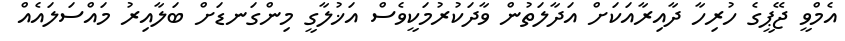
އެމްވީ ޖޭޕީގެ ހުރިހާ ދާއިރާއަކަށް އަދާލަތުން ވާދަކުރުމަކީވެސް އަޚުލާގީ މިންގަނޑަށް ބަލާއިރު މައްސަލައެއް